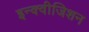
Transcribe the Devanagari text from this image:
इन्क्वीजिशन